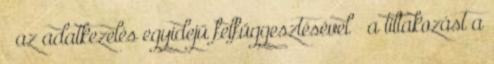
– az adatkezelés egyidejű felfüggesztésével – a tiltakozást a